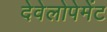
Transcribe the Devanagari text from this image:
देवेलोपेमेंट